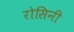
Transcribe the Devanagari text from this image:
रोसिनी